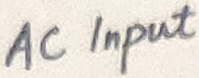
Text: AC Input